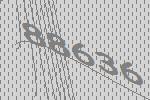
88636